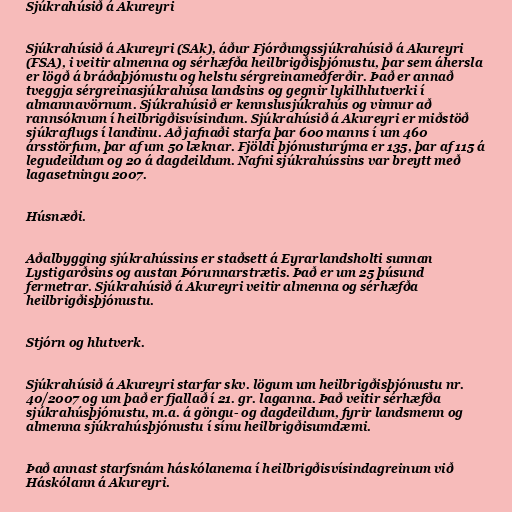
Sjúkrahúsið á Akureyri

Sjúkrahúsið á Akureyri (SAk), áður Fjórðungssjúkrahúsið á Akureyri
(FSA), i veitir almenna og sérhæfða heilbrigðisþjónustu, þar sem áhersla
er lögð á bráðaþjónustu og helstu sérgreinameðferðir. Það er annað
tveggja sérgreinasjúkrahúsa landsins og gegnir lykilhlutverki í
almannavörnum. Sjúkrahúsið er kennslusjúkrahús og vinnur að
rannsóknum í heilbrigðisvísindum. Sjúkrahúsið á Akureyri er miðstöð
sjúkraflugs í landinu. Að jafnaði starfa þar 600 manns í um 460
ársstörfum, þar af um 50 læknar. Fjöldi þjónusturýma er 135, þar af 115 á
legudeildum og 20 á dagdeildum. Nafni sjúkrahússins var breytt með
lagasetningu 2007.

Húsnæði.

Aðalbygging sjúkrahússins er staðsett á Eyrarlandsholti sunnan
Lystigarðsins og austan Þórunnarstrætis. Það er um 25 þúsund
fermetrar. Sjúkrahúsið á Akureyri veitir almenna og sérhæfða
heilbrigðisþjónustu.

Stjórn og hlutverk.

Sjúkrahúsið á Akureyri starfar skv. lögum um heilbrigðisþjónustu nr.
40/2007 og um það er fjallað í 21. gr. laganna. Það veitir sérhæfða
sjúkrahúsþjónustu, m.a. á göngu- og dagdeildum, fyrir landsmenn og
almenna sjúkrahúsþjónustu í sínu heilbrigðisumdæmi.

Það annast starfsnám háskólanema í heilbrigðisvísindagreinum við
Háskólann á Akureyri.